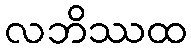
လဘိဿထ